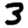
Digit: 3